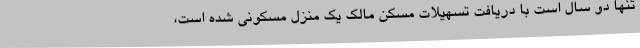
تنها دو سال است با دریافت تسهیلات مسکن مالک یک منزل مسکونی شده است،